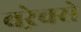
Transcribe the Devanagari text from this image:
बऱेचसे